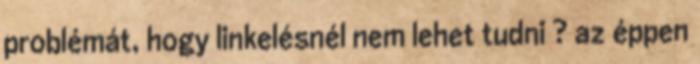
problémát, hogy linkelésnél nem lehet tudni ? az éppen